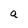
Character: a